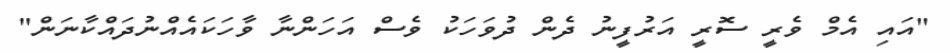
"އައި އެމް ވެރީ ސޮރީ އަރުފީނު ދެން ދުވަހަކު ވެސް އަހަންނާ ވާހަކައެއްނުދައްކާނަން"